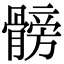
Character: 髈